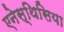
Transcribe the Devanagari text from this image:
एनेस्थिसिया